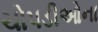
ચોપડીઓના